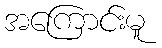
အကြောင်းမူ